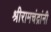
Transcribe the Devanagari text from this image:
श्रीरामचंद्रांनी